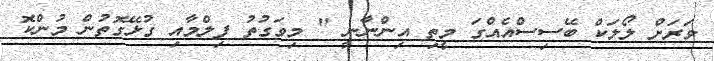
ވަރަށް ލޯލަކް ބޭސިސްއެއްގަ މީތި އިންނާނީ " މިވަގުތު ފިލްމާއި ގުޅޭގޮތުން މުންކޮ